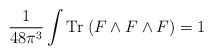
\begin{align*}\frac{1}{48 \pi^3}\int {\rm Tr}\; (F \wedge F \wedge F) = 1\end{align*}